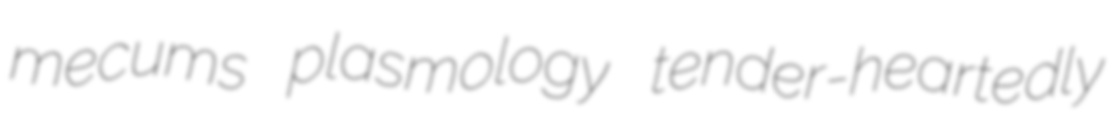
mecums plasmology tender-heartedly